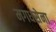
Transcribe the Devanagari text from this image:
मगधसेना